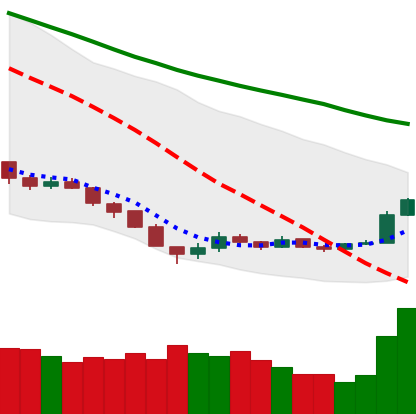
Ticker: EOS-USD
Chart end date: 2018-12-18
Forward return: 6.648%
Label: up_5_7